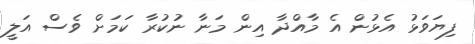
ފިޔަވަޅު އެޅުން އެ މާއްދާ އިން މަނާ ނުކުރާ ކަމަށް ވެސް އަލީ